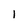
Character: I